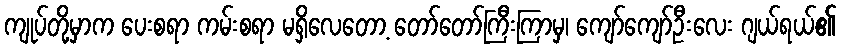
ကျုပ်တို့မှာက ပေးစရာ ကမ်းစရာ မရှိလေတော့ တော်တော်ကြီးကြာမှ၊ ကျော်ကျော်ဦးလေး ဂျယ်ရယ်၏